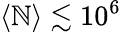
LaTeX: \langle\mathbb{N}\rangle\lesssim10^{6}